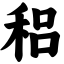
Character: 稆